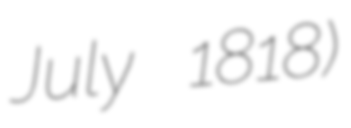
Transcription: July 1818)